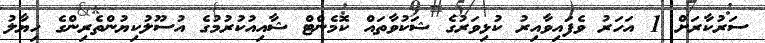
ސަރުކާރަށް 1 އަހަރު ވެފައިވާއިރު ކުޅިވަރުގެ ޝަކުވާތައް ކޮމެންޓް ޝާއިއުކުރުމުގެ އުސޫލުކިޔުންތެރިންގެ ހިޔާލު